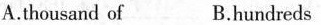
A.thousand of B.hundreds